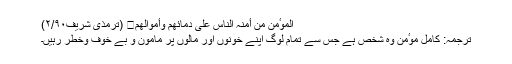
اَلْمُوٴْمِنُ مَنْ أَمِنَہُ النَّاسُ عَلٰی دِمَائِھِمْ وَأَمْوَالِھِمْ․ (ترمذی شریف۲/۹۰)
ترجمہ: کامل موٴمن وہ شخص ہے جس سے تمام لوگ اپنے خونوں اور مالوں پر مامون و بے خوف وخطر رہیں۔